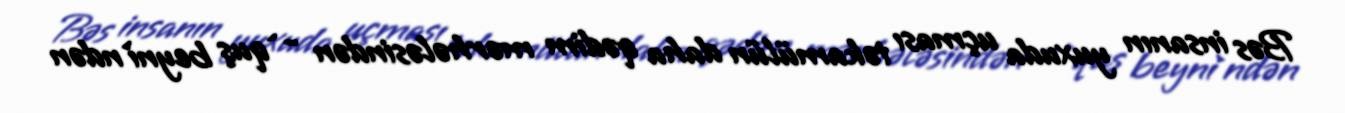
Bəs insanın yuxuda uçması təkamülün daha qədim mərhələsindən - `quş beyni`ndən